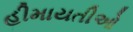
હીમાયતીઓ